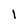
Character: i